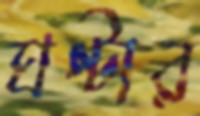
ঘণ্টার